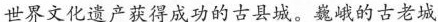
世界文化遗产获得成功的古县城。巍峨的古老城